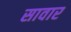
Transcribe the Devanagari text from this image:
सावार